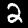
Digit: 2